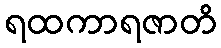
ရထကာရဇာတိ